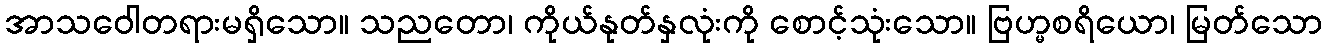
အာသဝေါတရားမရှိသော။ သညတော၊ ကိုယ်နုတ်နှလုံးကို စောင့်သုံးသော။ ဗြဟ္မစရိယော၊ မြတ်သော